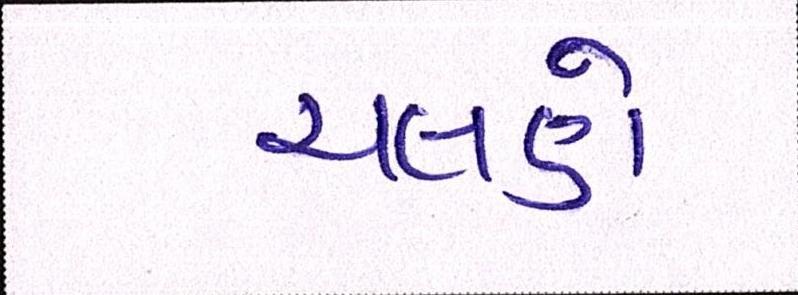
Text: ચલણે